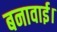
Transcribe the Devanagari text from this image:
बनावाई।